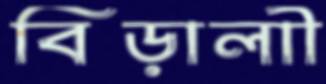
বিড়ালাী